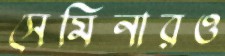
সেমিনারও